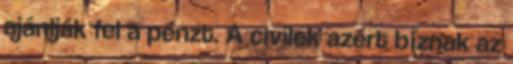
ajánlják fel a pénzt. A civilek azért bíznak az